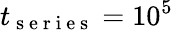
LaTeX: t_{\mathrm{~s~e~r~i~e~s~}}=10^{5}